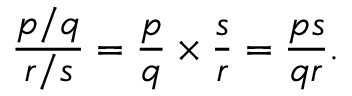
{ \frac { p / q } { r / s } } = { \frac { p } { q } } \times { \frac { s } { r } } = { \frac { p s } { q r } } .